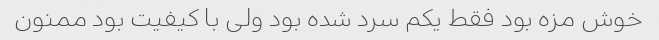
خوش مزه بود فقط یکم سرد شده بود ولی با کیفیت بود ممنون